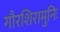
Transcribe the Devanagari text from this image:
गौरशिरामुनिः